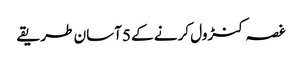
غصہ کنڑول کرنے کے 5آسان طریقے